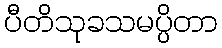
ပီတိသုခသမပ္ပိတာ